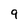
Character: 9